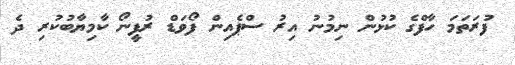
ފުރަތަމަ ހާފްގެ ކުޅުން ނިމުނު އިރު ސްޕެއިން ފޯވަޑް ރުފީނޯ ކާމިޔާބުކުރި ދެ